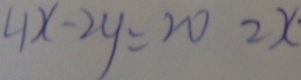
4 x - 2 y = 2 0 2 x